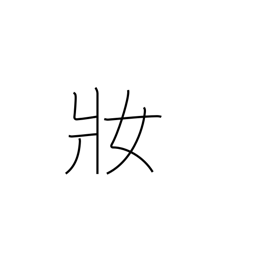
Meaning: dress up